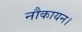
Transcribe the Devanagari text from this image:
नौकायन।